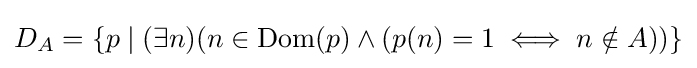
D_{A}=\{p\mid (\exists n)(n\in \operatorname {Dom} (p)\land (p(n)=1\iff n\notin A))\}